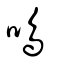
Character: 鳴